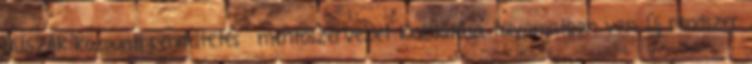
HUSZÁR központi rendeltetésű mentőszervezet kialakítása folyamatban van. Új rendszer